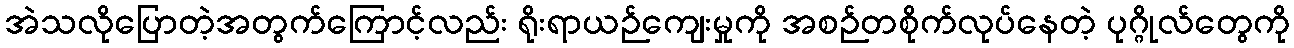
အဲသလိုပြောတဲ့အတွက်ကြောင့်လည်း ရိုးရာယဉ်ကျေးမှုကို အစဉ်တစိုက်လုပ်နေတဲ့ ပုဂ္ဂိုလ်တွေကို